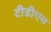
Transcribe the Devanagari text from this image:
टीडीएम